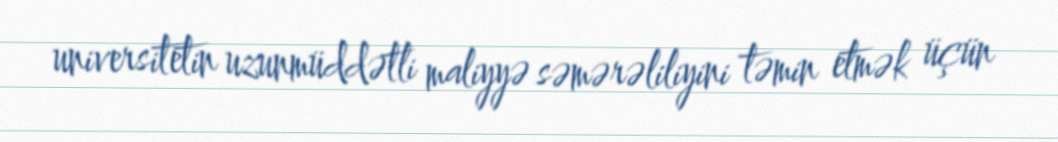
universitetin uzunmüddətli maliyyə səmərəliliyini təmin etmək üçün